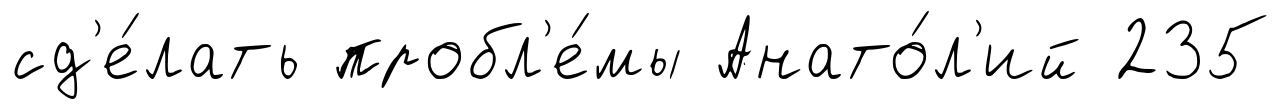
сд'е́лать пробл'е́мы Анато́л'ий 235